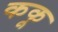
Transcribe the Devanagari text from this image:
ककू